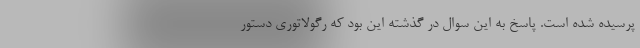
پرسیده شده است. پاسخ به این سوال در گذشته این بود که رگولاتوری دستور